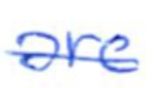
Text: are
Cross-out: single-line
Writing tool: ballpoint